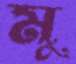
মু